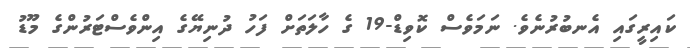
ކައިރީގައި އެނބުރުނެވެ. ނަމަވެސް ކޮވިޑް-19 ގެ ހާލަތަށް ފަހު ދުނިޔޭގެ އިންވެސްޓަރުންގެ މޫޑު